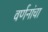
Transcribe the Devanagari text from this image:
वर्णनांचा